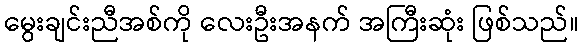
မွေးချင်းညီအစ်ကို လေးဦးအနက် အကြီးဆုံး ဖြစ်သည်။